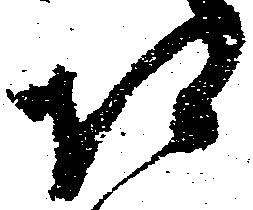
相